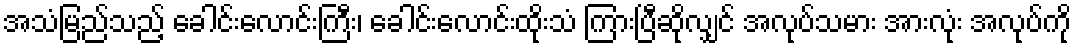
အသံမြည်သည့် ခေါင်းလောင်းကြီး၊ ခေါင်းလောင်းထိုးသံ ကြားပြီဆိုလျှင် အလုပ်သမား အားလုံး အလုပ်ကို